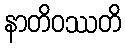
နာတိဝဿတိ